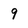
Character: 9